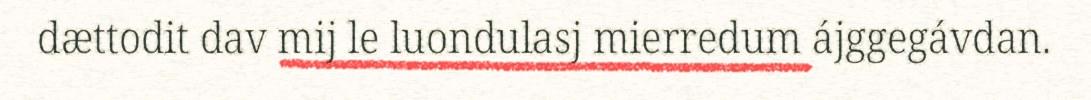
dættodit dav mij le luondulasj mierredum ájggegávdan.